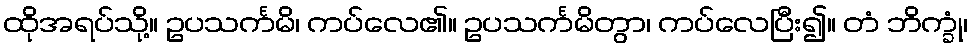
ထိုအရပ်သို့။ ဥပသင်္ကမိ၊ ကပ်လေ၏။ ဥပသင်္ကမိတွာ၊ ကပ်လေပြီး၍။ တံ ဘိက္ခုံ၊